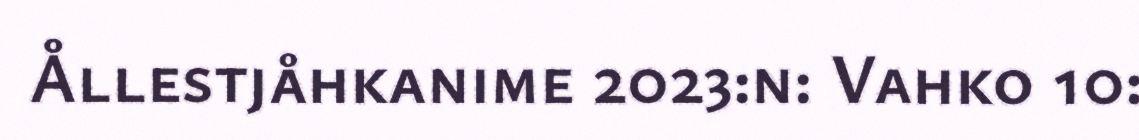
Ållestjåhkanime 2023:n: Vahko 10: